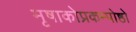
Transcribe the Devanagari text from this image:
मृषाकोप्रकम्पोष्ठो